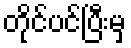
တိုင်ပင်ပြီးမှ